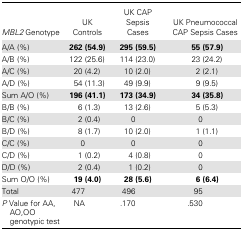
| MBL2 Genotype | UK Controls | UK CAP Sepsis Cases | UK Pneumococcal CAP Sepsis Cases |
 | --- | --- | --- | --- |
 | A/A (%) | 262 (54.9) | 295 (59.5) | 55 (57.9) |
 | A/B (%) | 122 (25.6) | 114 (23.0) | 23 (24.2) |
 | A/C (%) | 20 (4.2) | 10 (2.0) | 2 (2.1) |
 | A/D (%) | 54 (11.3) | 49 (9.9) | 9 (9.5) |
 | Sum A/O (%) | 196 (41.1) | 173 (34.9) | 34 (35.8) |
 | B/B (%) | 6 (1.3) | 13 (2.6) | 5 (5.3) |
 | B/C (%) | 2 (0.4) | 0 | 0 |
 | B/D (%) | 8 (1.7) | 10 (2.0) | 1 (1.1) |
 | C/C (%) | 0 | 0 | 0 |
 | C/D (%) | 1 (0.2) | 4 (0.8) | 0 |
 | D/D (%) | 2 (0.4) | 1 (0.2) | 0 |
 | Sum O/O (%) | 19 (4.0) | 28 (5.6) | 6 (6.4) |
 | Total | 477 | 496 | 95 |
 | P Value for AA,AO,OO genotypic test | NA | .170 | .530 |